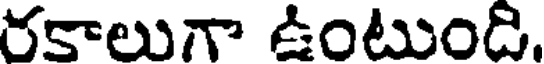
రకాలుగా ఉంటుంది.